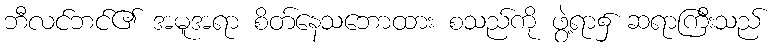
ဘီလင်ဘင်၏ အမူအရာ စိတ်နေသဘောထား စသည်ကို ဖွဲ့ရာ၌ ဆရာကြီးသည်